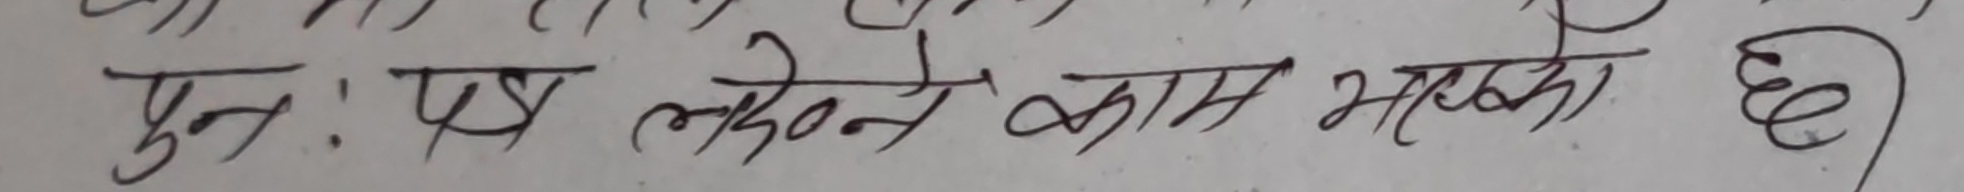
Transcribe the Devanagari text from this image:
पुनः यस लेख्ने काम भकको छ |